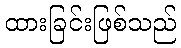
ထားခြင်းဖြစ်သည်